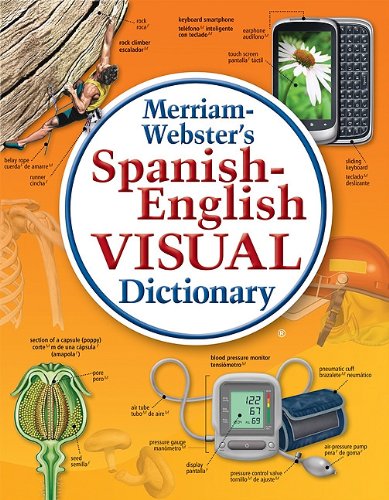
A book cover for Merriam-Webster's Spanish-English Visual Dictionary; Reference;